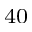
^ { 4 0 }